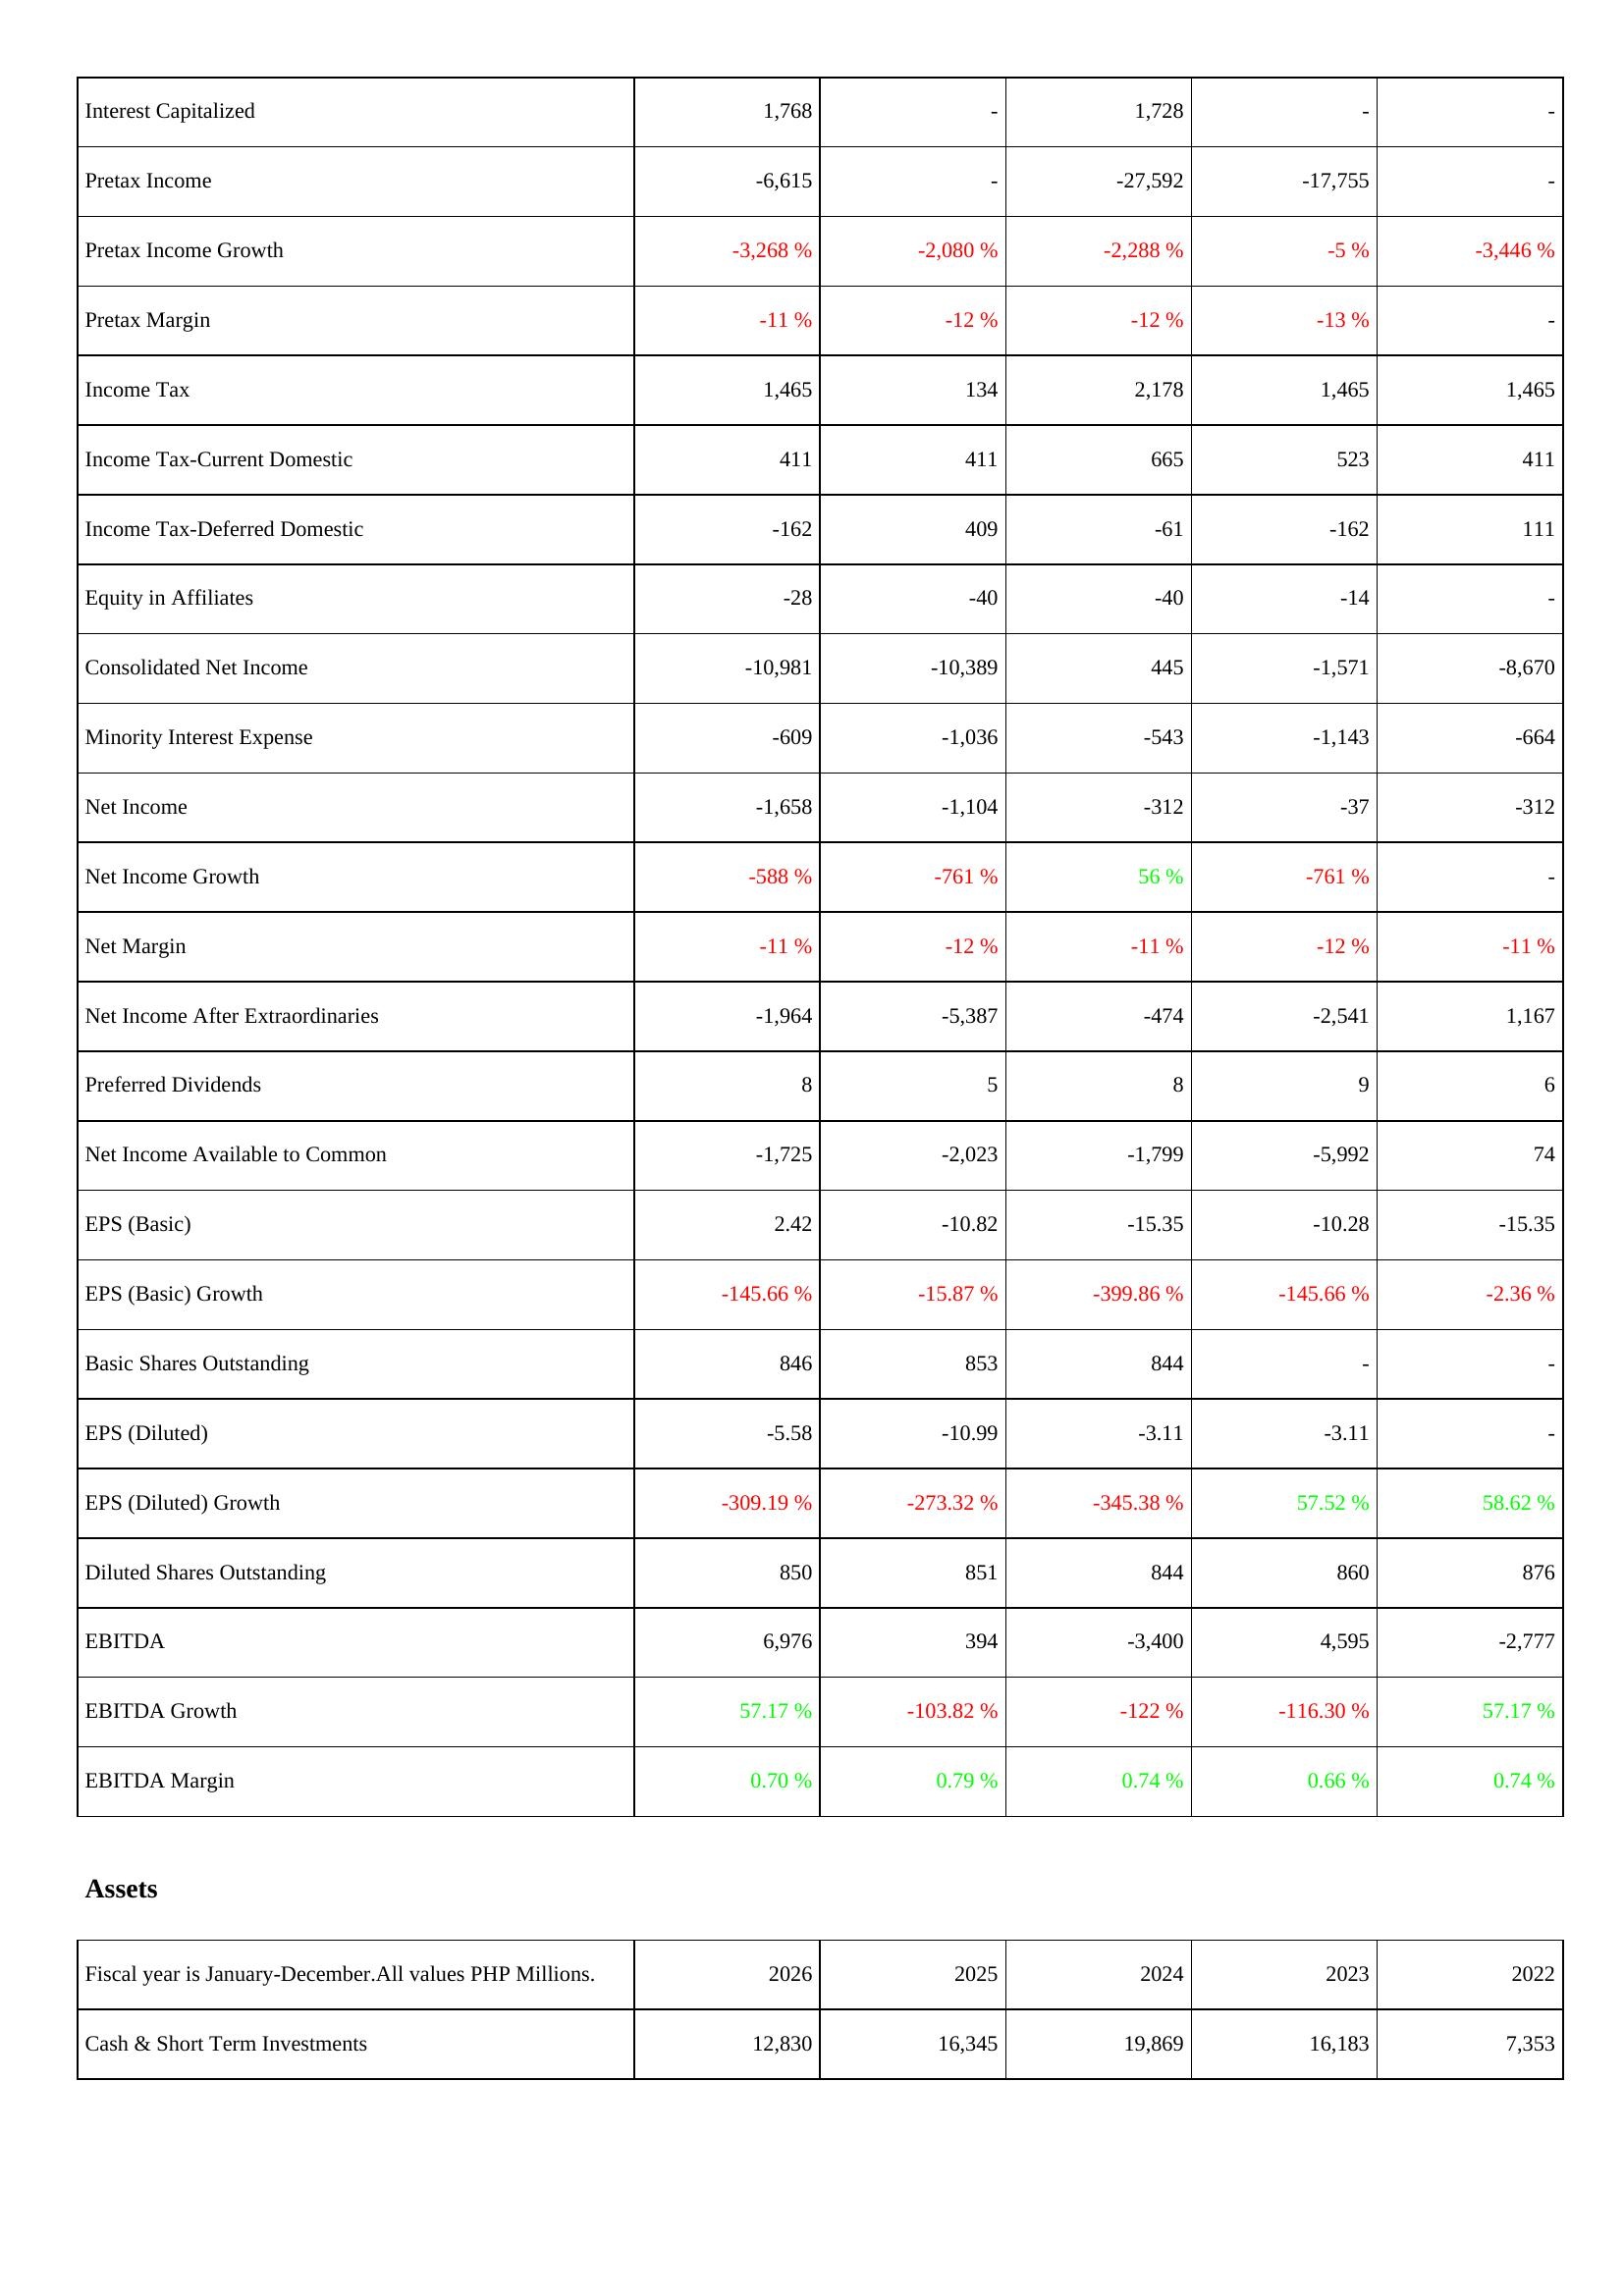
2026: Income Statement: Interest Capitalized: 1,768
Pretax Income: -6,615
Pretax Income Growth: -3,268 %
Pretax Margin: -11 %
Income Tax: 1,465
Income Tax-Current Domestic: 411
Income Tax-Deferred Domestic: -162
Equity in Affiliates: -28
Consolidated Net Income: -10,981
Minority Interest Expense: -609
Net Income: -1,658
Net Income Growth: -588 %
Net Margin: -11 %
Net Income After Extraordinaries: -1,964
Preferred Dividends: 8
Net Income Available to Common: -1,725
EPS (Basic): 2.42
EPS (Basic) Growth: -145.66 %
Basic Shares Outstanding: 846
EPS (Diluted): -5.58
EPS (Diluted) Growth: -309.19 %
Diluted Shares Outstanding: 850
EBITDA: 6,976
EBITDA Growth: 57.17 %
EBITDA Margin: 0.70 %
Assets: Cash & Short Term Investments: 12,830
2025: Income Statement: Interest Capitalized: -
Pretax Income: -
Pretax Income Growth: -2,080 %
Pretax Margin: -12 %
Income Tax: 134
Income Tax-Current Domestic: 411
Income Tax-Deferred Domestic: 409
Equity in Affiliates: -40
Consolidated Net Income: -10,389
Minority Interest Expense: -1,036
Net Income: -1,104
Net Income Growth: -761 %
Net Margin: -12 %
Net Income After Extraordinaries: -5,387
Preferred Dividends: 5
Net Income Available to Common: -2,023
EPS (Basic): -10.82
EPS (Basic) Growth: -15.87 %
Basic Shares Outstanding: 853
EPS (Diluted): -10.99
EPS (Diluted) Growth: -273.32 %
Diluted Shares Outstanding: 851
EBITDA: 394
EBITDA Growth: -103.82 %
EBITDA Margin: 0.79 %
Assets: Cash & Short Term Investments: 16,345
2024: Income Statement: Interest Capitalized: 1,728
Pretax Income: -27,592
Pretax Income Growth: -2,288 %
Pretax Margin: -12 %
Income Tax: 2,178
Income Tax-Current Domestic: 665
Income Tax-Deferred Domestic: -61
Equity in Affiliates: -40
Consolidated Net Income: 445
Minority Interest Expense: -543
Net Income: -312
Net Income Growth: 56 %
Net Margin: -11 %
Net Income After Extraordinaries: -474
Preferred Dividends: 8
Net Income Available to Common: -1,799
EPS (Basic): -15.35
EPS (Basic) Growth: -399.86 %
Basic Shares Outstanding: 844
EPS (Diluted): -3.11
EPS (Diluted) Growth: -345.38 %
Diluted Shares Outstanding: 844
EBITDA: -3,400
EBITDA Growth: -122 %
EBITDA Margin: 0.74 %
Assets: Cash & Short Term Investments: 19,869
2023: Income Statement: Interest Capitalized: -
Pretax Income: -17,755
Pretax Income Growth: -5 %
Pretax Margin: -13 %
Income Tax: 1,465
Income Tax-Current Domestic: 523
Income Tax-Deferred Domestic: -162
Equity in Affiliates: -14
Consolidated Net Income: -1,571
Minority Interest Expense: -1,143
Net Income: -37
Net Income Growth: -761 %
Net Margin: -12 %
Net Income After Extraordinaries: -2,541
Preferred Dividends: 9
Net Income Available to Common: -5,992
EPS (Basic): -10.28
EPS (Basic) Growth: -145.66 %
Basic Shares Outstanding: -
EPS (Diluted): -3.11
EPS (Diluted) Growth: 57.52 %
Diluted Shares Outstanding: 860
EBITDA: 4,595
EBITDA Growth: -116.30 %
EBITDA Margin: 0.66 %
Assets: Cash & Short Term Investments: 16,183
2022: Income Statement: Interest Capitalized: -
Pretax Income: -
Pretax Income Growth: -3,446 %
Pretax Margin: -
Income Tax: 1,465
Income Tax-Current Domestic: 411
Income Tax-Deferred Domestic: 111
Equity in Affiliates: -
Consolidated Net Income: -8,670
Minority Interest Expense: -664
Net Income: -312
Net Income Growth: -
Net Margin: -11 %
Net Income After Extraordinaries: 1,167
Preferred Dividends: 6
Net Income Available to Common: 74
EPS (Basic): -15.35
EPS (Basic) Growth: -2.36 %
Basic Shares Outstanding: -
EPS (Diluted): -
EPS (Diluted) Growth: 58.62 %
Diluted Shares Outstanding: 876
EBITDA: -2,777
EBITDA Growth: 57.17 %
EBITDA Margin: 0.74 %
Assets: Cash & Short Term Investments: 7,353